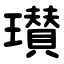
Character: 瓉